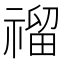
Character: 𥛅